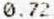
0.72